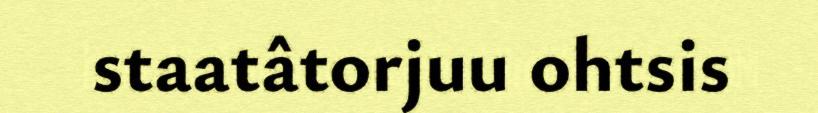
staatâtorjuu ohtsis